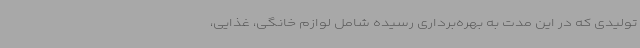
تولیدی که در این مدت به بهره‌برداری رسیده شامل لوازم خانگی، غذایی،